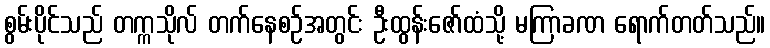
စွမ်းပိုင်သည် တက္ကသိုလ် တက်နေစဉ်အတွင်း ဦးထွန်းဇော်ထံသို့ မကြာခဏ ရောက်တတ်သည်။